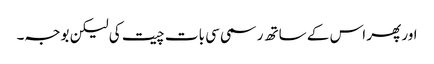
اور پھر اس کے ساتھ رسمی سی بات چیت کی لیکن بوجہ۔